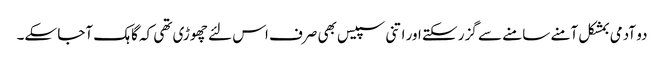
دو آدمی بمشکل آمنے سامنے سے گزر سکتے اور اتنی سپیس بھی صرف اس لئے چھوڑی تھی کہ گاہک آجا سکے۔